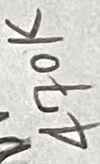
Text: 470K